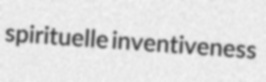
spirituelle inventiveness